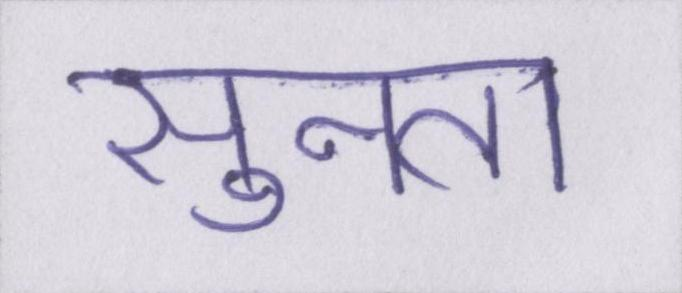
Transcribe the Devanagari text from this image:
सुनता